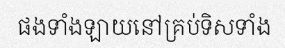
ផងទាំងឡាយនៅគ្រប់ទិសទាំង